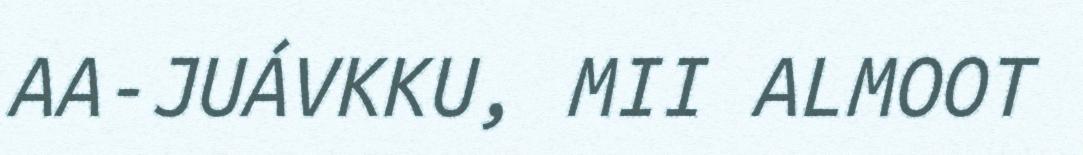
AA-JUÁVKKU, MII ALMOOT